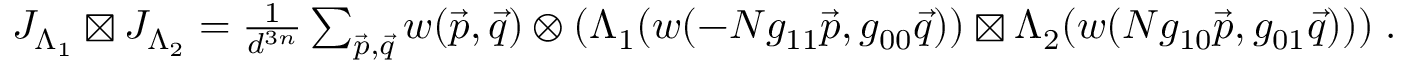
\begin{array} { r } { J _ { \Lambda _ { 1 } } \boxtimes J _ { \Lambda _ { 2 } } = \frac { 1 } { d ^ { 3 n } } \sum _ { \vec { p } , \vec { q } } w ( \vec { p } , \vec { q } ) \otimes ( \Lambda _ { 1 } ( w ( - N g _ { 1 1 } \vec { p } , g _ { 0 0 } \vec { q } ) ) \boxtimes \Lambda _ { 2 } ( w ( N g _ { 1 0 } \vec { p } , g _ { 0 1 } \vec { q } ) ) ) \; . } \end{array}